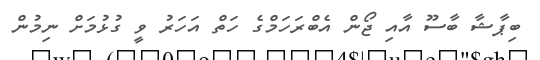
ބިޕާޝާ ބާސޫ އާއި ޖޯން އެބްރަހަމްގެ ހަތް އަހަރު ވީ ގުޅުމަށް ނިމުން